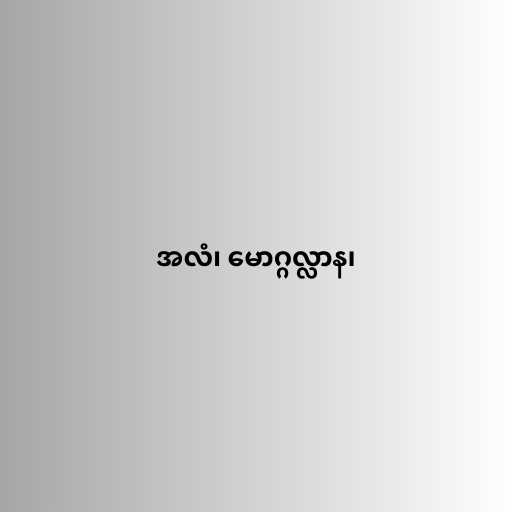
အလံ၊ မောဂ္ဂလ္လာန၊